Report of the Municipal Commissioner on the plague in Bombay for the year ending 31st May... - Volume 2
Disease focus: Plague
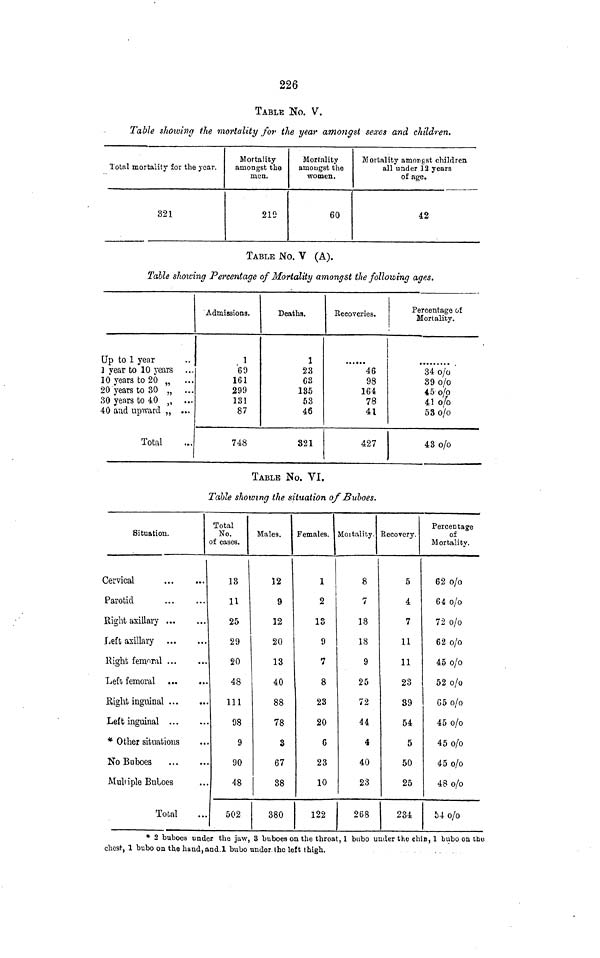
226
TABLE No. V.
Table showing the mortality for the year amongst sexes and children.
Total mortality for the year.
321
Mortality
amongst the
men.
219
Mortality
amougst the
women.
60
Mortality amongst children
all under 12 years
of age.
42
TABLE No. V (A).
Table showing Percentage of Mortality amongst the following ages.
Up to 1 year
] year to 10 years
10' years to 20 „
20 years to 30 „ ...
30 years to 40 ,, ...
40 and upward ,, ...
Total
Admissions.
1
69
161
299
131
87
748
Deaths.
1
23
G3
135
53
46
821
Recoveries.
46
98
164
78
41
427
Percentage of
Mortality.
34 o/o
89 o/o
45 o/o
41 o/o
53 o/o
43o/o
TABLE No. VI.
Table showing the situation of JBuboes.
Situation.
Cervical
Parotid
Right axillary
Left axillary
Kight femoral
Left; femoral
Eight inguinal
Left inguinal
* Other situations
No Buboes
Multiple Buboes
Total
Total
No.
of cases.
13
11
25
29
20
48
111
98
9
90
48
502
Males.
12
9
12
20
13
40
88
78
3
67
88
380
Females.
1
2
18
9
7
8
23
20
G
23
10
122
Mortality.
8
7
18
18
9
25
72
44
4
40
23
268
Recovery.
5
4
7
11
11
23
89
54
5
50
25
234
Percentage
of
Mortality.
62 0/0
64 0/0
72 O/o
62 o/o
45 o/o
52 o/o
65 o/o
45 o/o
45 o/o
45 o/o
48 o/o
54o/o
* 2 buboes under the jaw, 3 buboes on the throat, I bubo under the chin, 1 bubo on the
:hest, 1 bubo on the hand, and.1 bubo under. Iho left thigh.